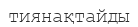
тиянақтайды